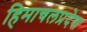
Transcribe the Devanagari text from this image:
हिमाचलप्रदेश